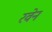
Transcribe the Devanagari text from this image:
रवेन